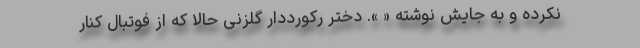
نکرده و به جایش نوشته « ». دختر رکورددار گلزنی حالا که از فوتبال کنار